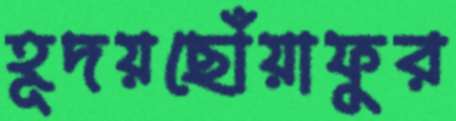
হূদয়ছোঁয়াফুর